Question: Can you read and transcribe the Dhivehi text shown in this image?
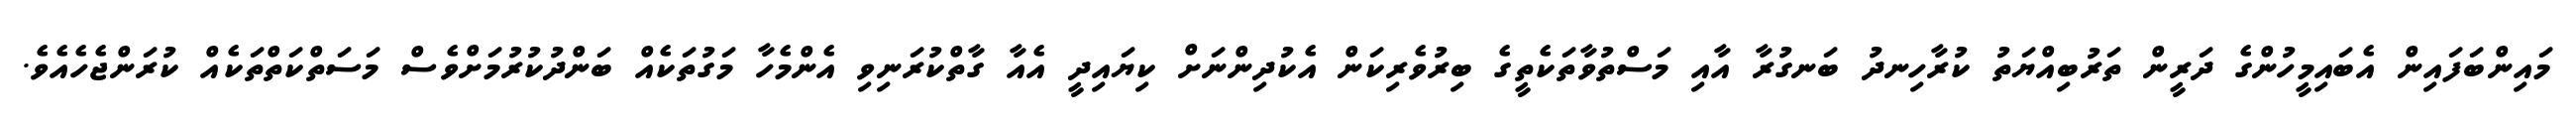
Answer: މައިންބަފައިން އެބައިމީހުންގެ ދަރީން ތަރުބިއްޔަތު ކުރާހިނދު ބަނގުރާ އާއި މަސްތުވާތަކެތީގެ ބިރުވެރިކަން އެކުދިންނަށް ކިޔައިދީ އެއާ ގާތްކުރަނިވި އެންމެހާ މަގުތަކެއް ބަންދުކުރުމަށްވެސް މަސަތްކަތްތަކެއް ކުރަންޖެހެއެވެ.